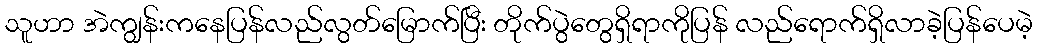
သူဟာ အဲကျွန်းကနေပြန်လည်လွတ်မြောက်ပြီး တိုက်ပွဲတွေရှိရာကိုပြန် လည်ရောက်ရှိလာခဲ့ပြန်ပေမဲ့